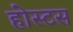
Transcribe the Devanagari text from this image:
होस्टस